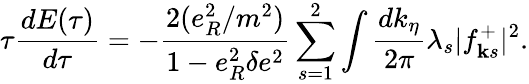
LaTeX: \tau\frac{dE(\tau)}{d\tau}=-\frac{2(e_{R}^{2}/m^{2})}{1-e_{R}^{2}\delta e^{2}}\sum_{s=1}^{2}\int\frac{dk_{\eta}}{2\pi}\lambda_{s}\vert f_{{\mathbf k}s}^{+}\vert^{2}.